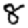
Digit: 8